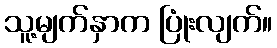
သူ့မျက်နှာက ပြုံးလျက်။